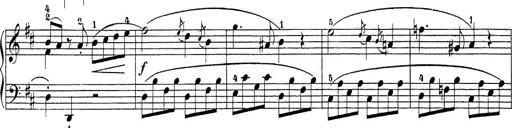
Title: Sonatina Album
Composer: Louis KÃ¶hler